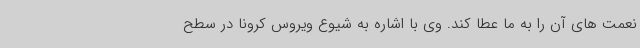
نعمت های آن را به ما عطا کند. وی با اشاره به شیوع ویروس کرونا در سطح